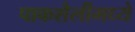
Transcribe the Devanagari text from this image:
पाकशैलीमध्ये